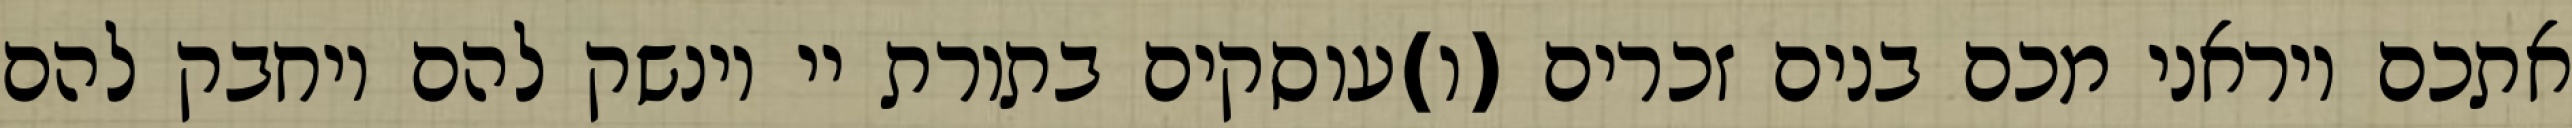
אתכם ויראני מכם בנים זכרים (ו)עוסקים בתורת יי וינשק להם ויחבק להם